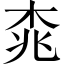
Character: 𣑯